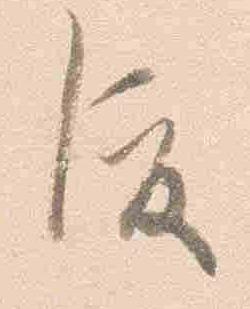
渡